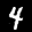
Label: 4